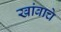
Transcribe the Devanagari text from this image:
खांबाचे